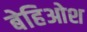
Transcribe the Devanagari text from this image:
बेहिओश